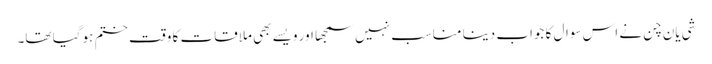
شی یان چن نے اس سوال کا جواب دینا مناسب نہیں سمجھا اور ویسے بھی ملاقات کا وقت ختم ہو گیا تھا۔